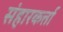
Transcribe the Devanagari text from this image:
संहारकर्त्ता